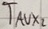
Text: TAUX,2